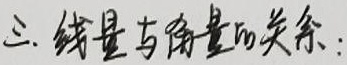
三. 线量与角量的关系：